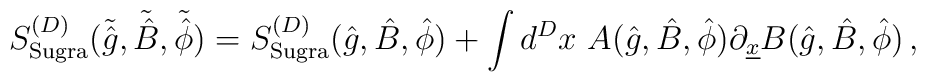
S_{\rm{Sugra}}^{(D)}(\tilde{\hat{g}}, \tilde{\hat{B}}, \tilde{\hat{\phi}})=S_{\rm{Sugra}}^{(D)}(\hat{g}, \hat{B},\hat{\phi}) +\int d^{D} x\ A(\hat{g},\hat{B},\hat{\phi}) \partial_{\underline{x}}B(\hat{g},\hat{B},\hat{\phi})\, ,